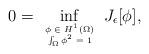
LaTeX: \begin{align*}0 = \inf_{\tiny \begin{array}{cc} \phi \in H^1(\Omega)\\ \int_\Omega \phi^2=1\end{array}} J_\epsilon [\phi],\end{align*}